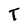
Character: T